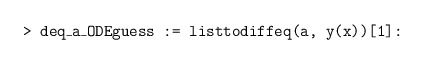
\begin{align*} \texttt{> deq\_a\_ODEguess := listtodiffeq(a, y(x))[1]:}\end{align*}